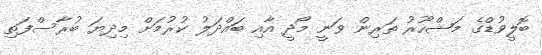
ބޮލީވުޑްގެ މަޝްހޫރު ތަރިން ވަނީ މޯދީ އާއި ބައްދަލު ކުރުމަށް މިދިޔަ ބުރާސްފަތި